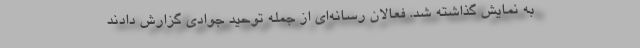
به نمایش گذاشته شد. فعالان رسانه‌ای از جمله توحید جوادی گزارش دادند